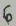
Text: 6